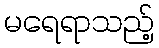
မရေရာသည့်